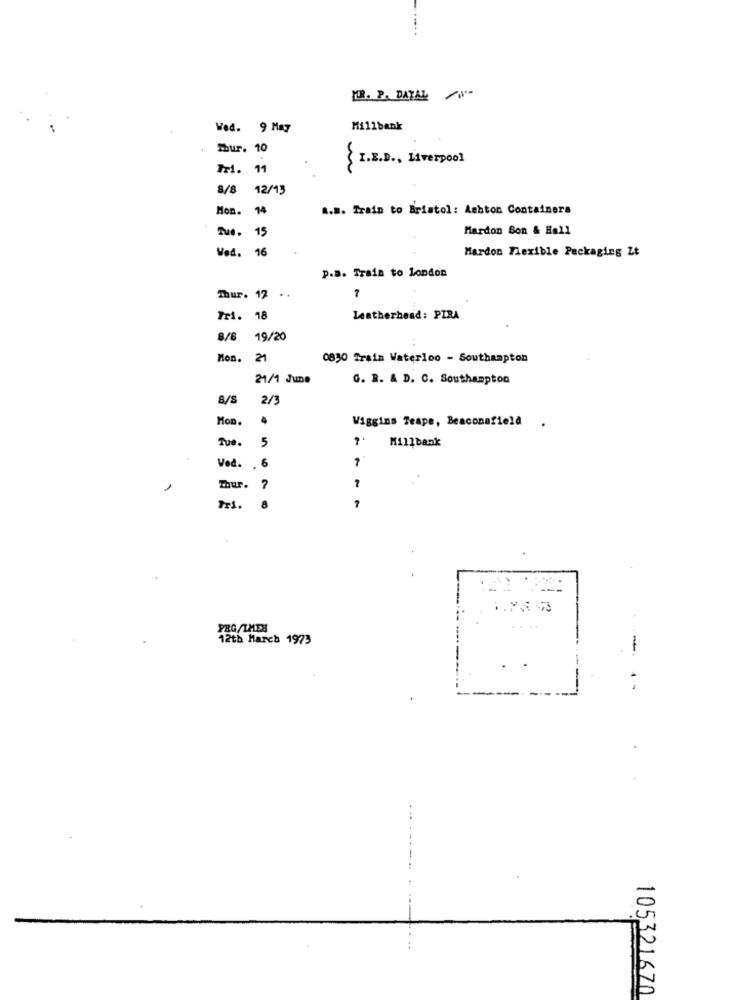
PR. P. DATAL
Wed. 9 May
Millbank
mur. 10
I.E.D ., Liverpool
Tr1. 11
8/8 12/13
Mon. 14
1.8. Train to Bristol: Ashton Containers
Tue.
15
Mardon Son & Hall
Mardon Flexible Packaging Zt
Ved. 16
P.B. Train to london
Thur. 12 ..
7
Tri. 18
Leatherhead: PIRA
8/8 19/20
Mon. 21
0830 Train Waterloo - Southampton
21/1 June
G. R. & D. C. Southampton
2/3
Mon.
4
Wiggins Teape, Beaconefield
Tue.
5
Millbank
1
Ved. .
Thur.
PRG/THES
....
12th March 1973
.
-.
..
105321670